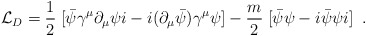
\begin{align*}{\cal L}_{D}=\frac{1}{2} \; [\bar{\psi}\gamma^{\mu}\partial_{\mu}\psi i - i(\partial_{\mu}\bar{\psi})\gamma^{\mu}\psi]-\frac{m}{2} \; [\bar{\psi} \psi-i\bar{\psi} \psi i] \; \; .\end{align*}